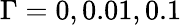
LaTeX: \Gamma=0,0.01,0.1